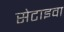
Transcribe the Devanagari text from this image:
सेटाइवा